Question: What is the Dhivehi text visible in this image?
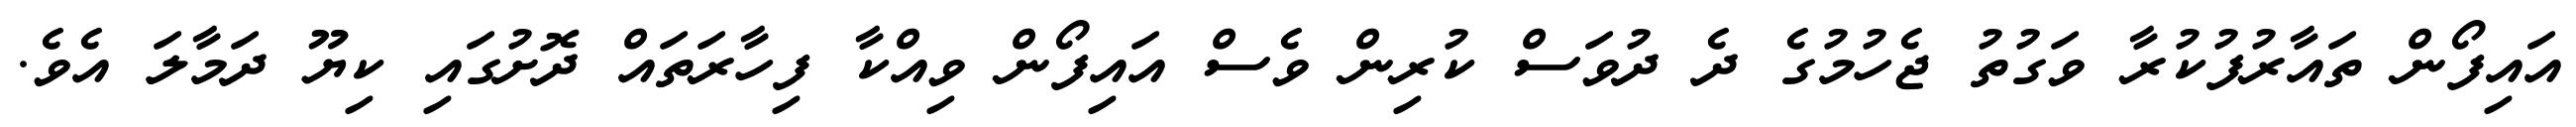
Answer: އައިފޯން ތައާރުފުކުރާ ވަގުތު ޖެހުމުގެ ދެ ދުވަސް ކުރިން ވެސް އައިފޯން ވިއްކާ ފިހާރަތައް ދޮށުގައި ކިޔޫ ދަމާލަ އެވެ.